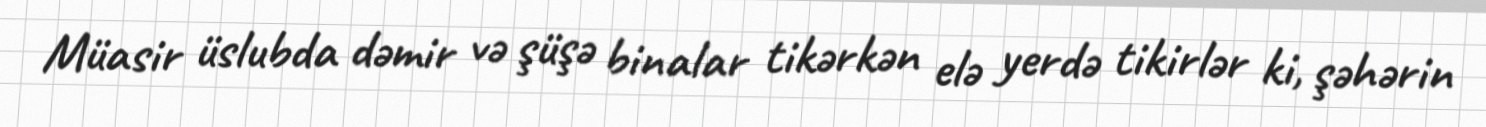
Müasir üslubda dəmir və şüşə binalar tikərkən elə yerdə tikirlər ki, şəhərin